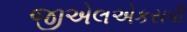
જીએલએકસપી